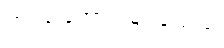
တင်ဒါအောင်မြင်ခဲ့သည့်